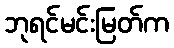
ဘုရင်မင်းမြတ်က